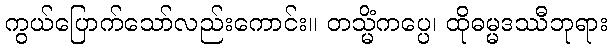
ကွယ်ပြောက်သော်လည်းကောင်း။ တသ္မိံကပ္ပေ၊ ထိုဓမ္မဒဿီဘုရား